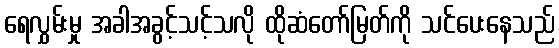
ရေလွှမ်းမှု အခါအခွင့်သင့်သလို ထိုဆံတော်မြတ်ကို သင်ပေးနေသည်